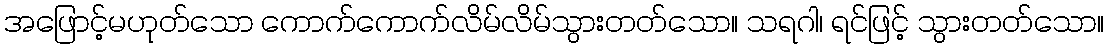
အဖြောင့်မဟုတ်သော ကောက်ကောက်လိမ်လိမ်သွားတတ်သော။ သရဂါ၊ ရင်ဖြင့် သွားတတ်သော။